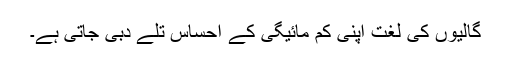
گالیوں کی لغت اپنی کم مائیگی کے احساس تلے دبی جاتی ہے۔